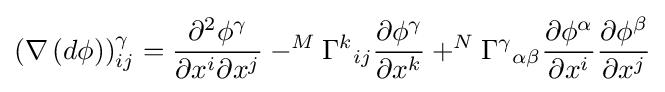
\left(\nabla \left(d\phi \right)\right)_{ij}^{\gamma }={\frac {\partial ^{2}\phi ^{\gamma }}{\partial x^{i}\partial x^{j}}}-^{M}\Gamma ^{k}{}_{ij}{\frac {\partial \phi ^{\gamma }}{\partial x^{k}}}+^{N}\Gamma ^{\gamma }{}_{\alpha \beta }{\frac {\partial \phi ^{\alpha }}{\partial x^{i}}}{\frac {\partial \phi ^{\beta }}{\partial x^{j}}}